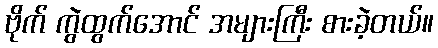
ဗိုက် ကွဲထွက်အောင် အများကြီး စားခဲ့တယ်။